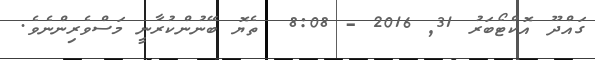
ގައްދޫ އޮކްޓޯބަރު 31